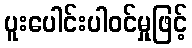
ပူးပေါင်းပါဝင်မှုဖြင့်